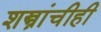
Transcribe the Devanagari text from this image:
शस्त्रांचीही